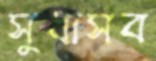
সুধাসব